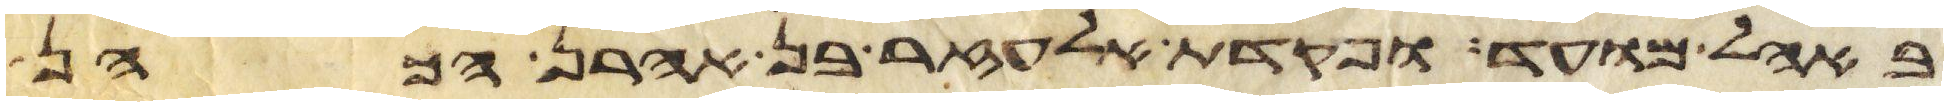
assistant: באהל מועד ופקדת אלעזר בן אהרן הכהן